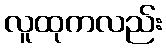
လူထုကလည်း